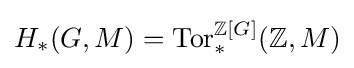
H_{*}(G,M)=\operatorname {Tor} _{*}^{\mathbb {Z} [G]}(\mathbb {Z} ,M)